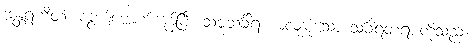
အန္တရဟိတံ၊ ကွယ်ပျောက်ကုန်ပြီ။ သဗ္ဗသင်္ခါရ၊ အလုံးစုံသော သင်္ခါရတရားတို့သည်။